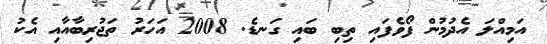
އަމިއްލަ އެދުމުން ފޯވެފައި ތިބި ބައި ގަނޑެ. 2008 އަހަރު ތަޖުރިބާއާއި އެކު